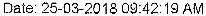
DATE: 25-03-2018 09:42:19 AM